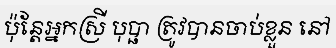
ប៉ុន្តែអ្នកស្រី បុប្ផា ត្រូវបានចាប់ខ្លួន នៅ